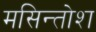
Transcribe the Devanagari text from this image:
मसिन्तोश